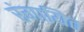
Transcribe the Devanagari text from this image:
रंगायित